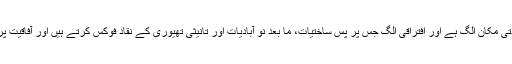
اس طرح اشتراکاتی اور مماثلاتی مکان الگ ہے اور افتراقی الگ جس پر پس ساختیات، ما بعد نو آبادیات اور تانیثی تھیوری کے نقاد فوکس کرتے ہیں اور آفاقیت پر تشکیک کا اطلاق کرتے ہیں۔